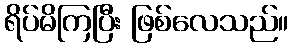
ရိပ်မိကြပြီး ဖြစ်လေသည်။